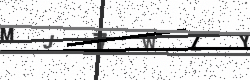
Text: MJ7WZY